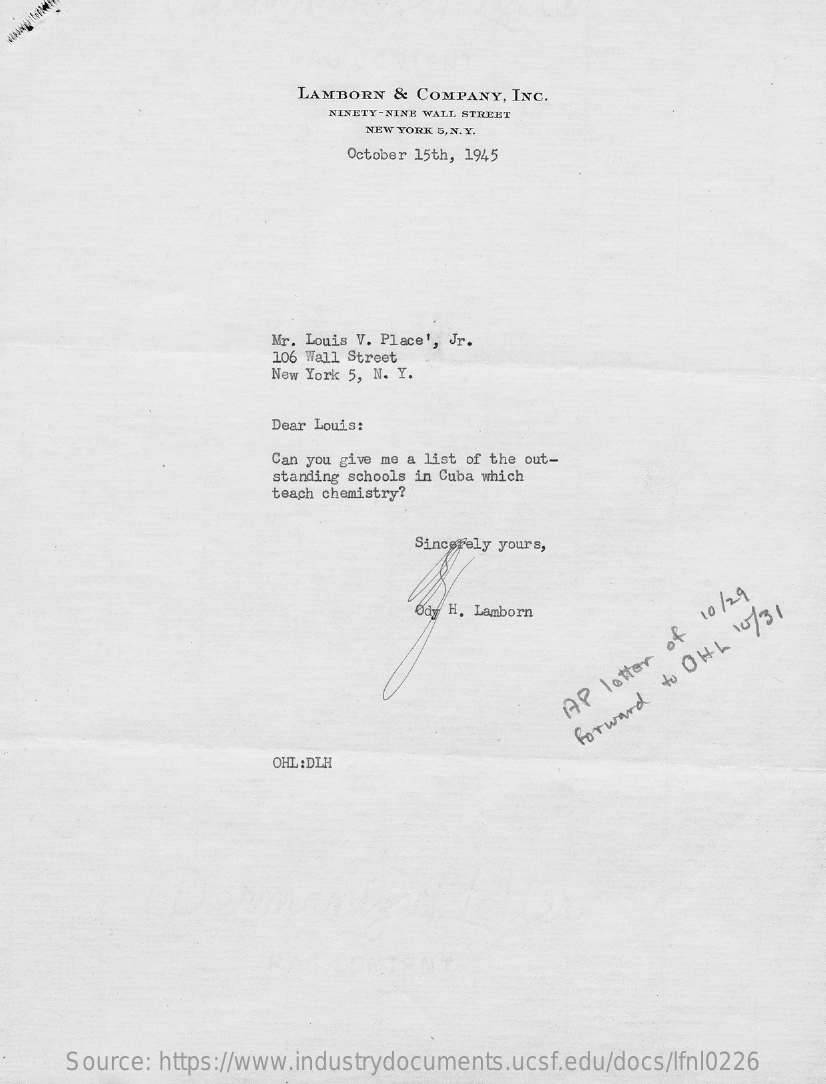
LAMBORN & COMPANY, INC.
     NINETY-NINE WALL STREET
     NEW YORK 5, N. Y.
     October 15th, 1945
     Mr. Louis V. Place', Jr.
     106 Wall Street
     New York 5, N. Y.
     Dear Louis:
     Can you give me a list of the out-
     standing schools in Cuba which
     teach chemistry?
     Sincerely yours,
     Ody H. Lamborn
     AP
     lotter
     of
     10/29
     forward
     to
     OIL
     10/31
     OHL:DLH
     Source: https://www.industrydocuments.ucsf.edu/docs/lfnl0226